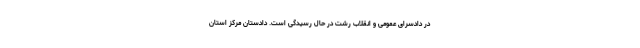
در دادسرای عمومی و انقلاب رشت در حال رسیدگی است. دادستان مرکز استان